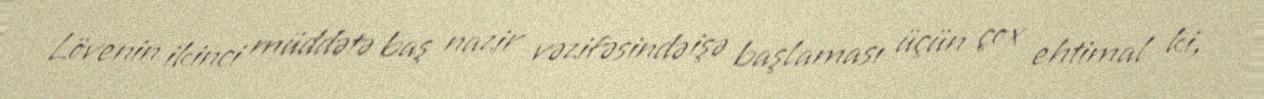
Lövenin ikinci müddətə baş nazir vəzifəsində işə başlaması üçün çox ehtimal ki,